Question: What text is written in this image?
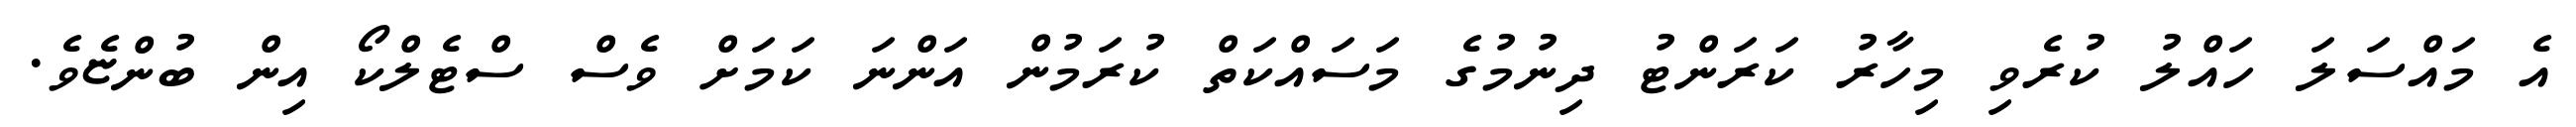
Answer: އެ މައްސަލަ ހައްލު ކުރެވި މިހާރު ކަރަންޓު ދިނުމުގެ މަސައްކަތް ކުރަމުން އަންނަ ކަމަށް ވެސް ސްޓެލްކޯ އިން ބުންޏެވެ.